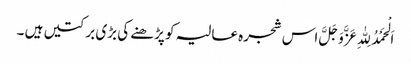
اَلْحَمْدُلِلّٰہِ عَزَّوَجَلَّ اس شجرہ عالیہ کو پڑھنے کی بڑی برکتیں ہیں ۔